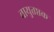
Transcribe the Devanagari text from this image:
वायुतप्तक